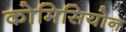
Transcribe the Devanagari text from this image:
कोमिसियोन